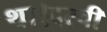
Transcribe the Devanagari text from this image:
था।दस्वीं